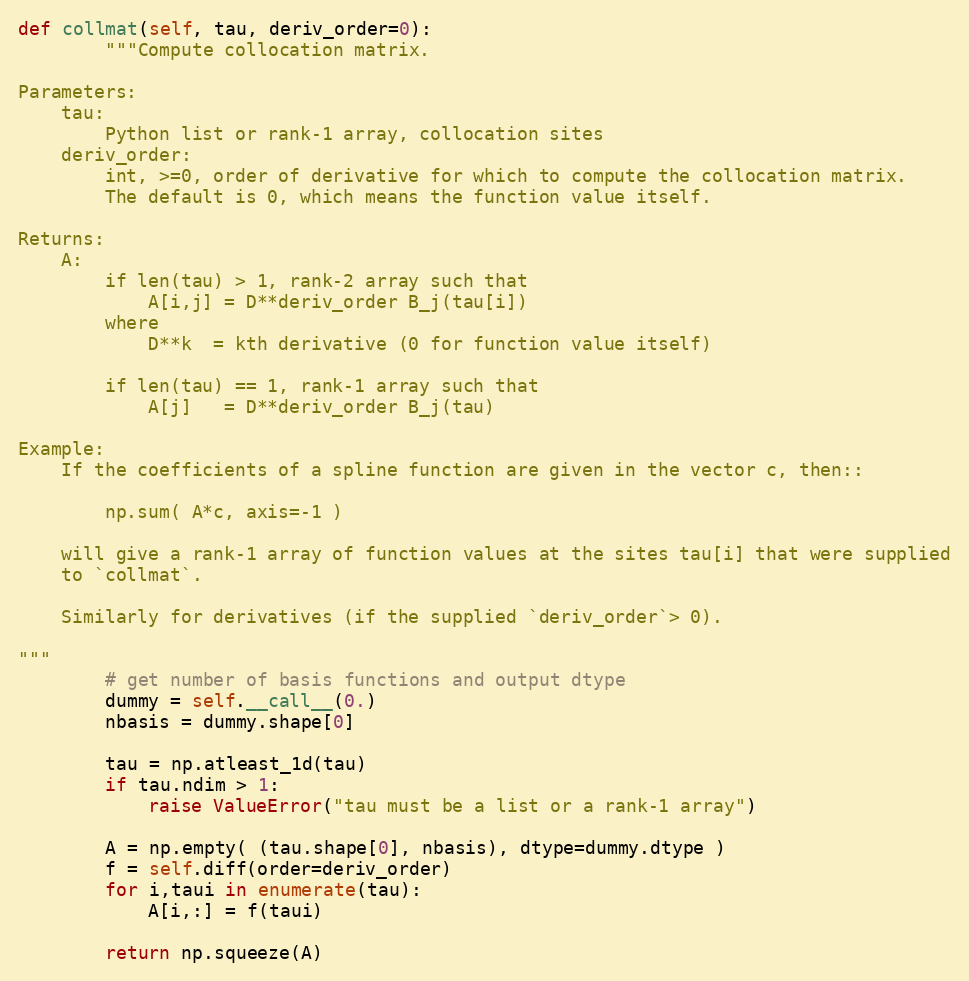
Language: Python
def collmat(self, tau, deriv_order=0):
        """Compute collocation matrix.

Parameters:
    tau:
        Python list or rank-1 array, collocation sites
    deriv_order:
        int, >=0, order of derivative for which to compute the collocation matrix.
        The default is 0, which means the function value itself.

Returns:
    A:
        if len(tau) > 1, rank-2 array such that
            A[i,j] = D**deriv_order B_j(tau[i])
        where
            D**k  = kth derivative (0 for function value itself)

        if len(tau) == 1, rank-1 array such that
            A[j]   = D**deriv_order B_j(tau)

Example:
    If the coefficients of a spline function are given in the vector c, then::

        np.sum( A*c, axis=-1 )

    will give a rank-1 array of function values at the sites tau[i] that were supplied
    to `collmat`.

    Similarly for derivatives (if the supplied `deriv_order`> 0).

"""
        # get number of basis functions and output dtype
        dummy = self.__call__(0.)
        nbasis = dummy.shape[0]

        tau = np.atleast_1d(tau)
        if tau.ndim > 1:
            raise ValueError("tau must be a list or a rank-1 array")

        A = np.empty( (tau.shape[0], nbasis), dtype=dummy.dtype )
        f = self.diff(order=deriv_order)
        for i,taui in enumerate(tau):
            A[i,:] = f(taui)

        return np.squeeze(A)